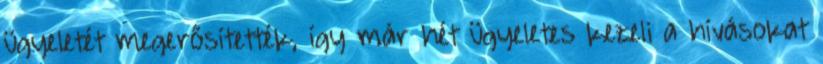
ügyeletét megerősítették, így már hét ügyeletes kezeli a hívásokat